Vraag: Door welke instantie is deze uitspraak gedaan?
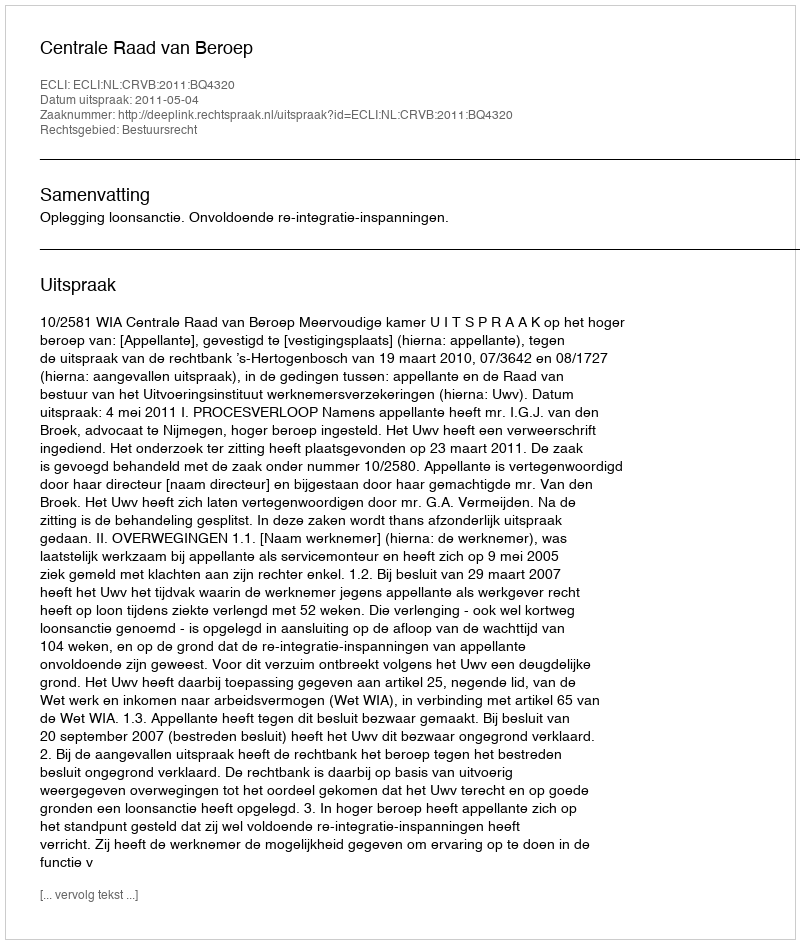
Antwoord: Centrale Raad van Beroep